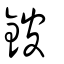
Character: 鈹